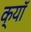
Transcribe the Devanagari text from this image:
क्यॉ